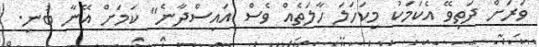
ވަރަށް ދަތިވޭ އެކަމަކު މިކަހަލަ ހާލަތެއް ވެސް އައިސްދާނެ" ކަމަށް އޭނާ ބުނި.